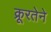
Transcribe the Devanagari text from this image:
क्रूरतेने